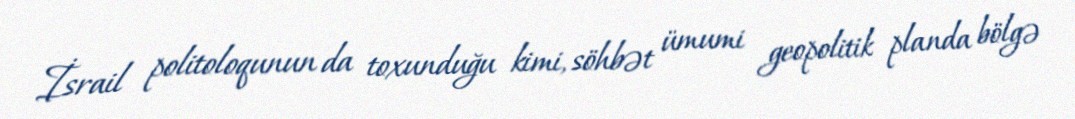
İsrail politoloqunun da toxunduğu kimi, söhbət ümumi geopolitik planda bölgə